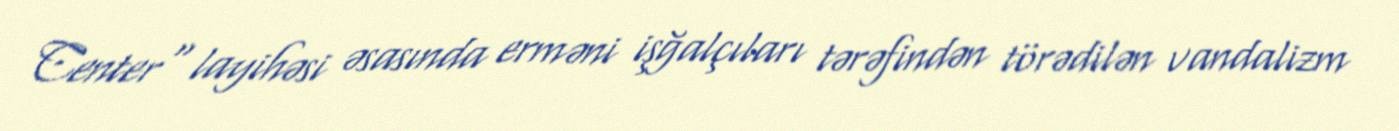
Center" layihəsi əsasında erməni işğalçıları tərəfindən törədilən vandalizm